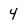
Character: 4